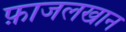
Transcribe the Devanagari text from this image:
फ़ाजलखान